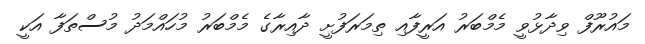
މައުރޫފް ވިދާޅުވީ މެމްބަރު އަރީފާއި ތިމަރަފުށީ ދާއިރާގެ މެމްބަރު މުހައްމަދު މުސްތަފާ އަކީ